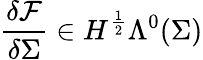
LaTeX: \frac{\delta\mathcal{F}}{\delta\Sigma}\in H^{\frac{1}{2}}\Lambda^{0}(\Sigma)